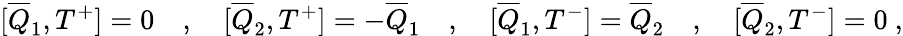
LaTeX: [\overline{{{Q}}}_{1},T^{+}]=0\quad,\quad[\overline{{{Q}}}_{2},T^{+}]=-\overline{{{Q}}}_{1}\quad,\quad[\overline{{{Q}}}_{1},T^{-}]=\overline{{{Q}}}_{2}\quad,\quad[\overline{{{Q}}}_{2},T^{-}]=0\ ,